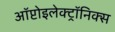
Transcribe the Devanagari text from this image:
ऑप्टोइलेक्ट्रॉनिक्स